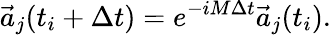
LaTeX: \vec{a}_{j}(t_{i}+\Delta t)=e^{-iM\Delta t}\vec{a}_{j}(t_{i}).